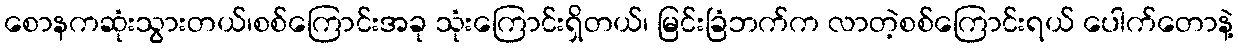
စောနကဆုံးသွားတယ်၊စစ်ကြောင်းအခု သုံးကြောင်းရှိတယ်၊ မြင်းခြံဘက်က လာတဲ့စစ်ကြောင်းရယ် ပေါက်တောနဲ့